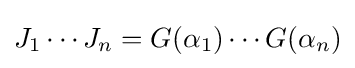
J_{1}\cdots J_{n}=G(\alpha _{1})\cdots G(\alpha _{n})